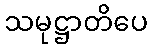
သမုဋ္ဌာတိပေ